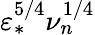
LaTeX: \varepsilon_{*}^{5/4}\nu_{n}^{1/4}